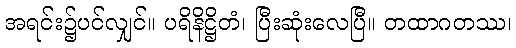
အရင်း၌ပင်လျှင်။ ပရိနိဋ္ဌိတံ၊ ပြီးဆုံးလေပြီ။ တထာဂတဿ၊